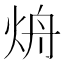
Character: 烐